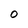
Character: O